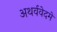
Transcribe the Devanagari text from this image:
अथर्ववेदमें